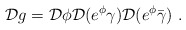
\begin{align*}{\cal D}g = {\cal D}\phi {\cal D}(e^\phi\gamma) {\cal D}(e^\phi\bar{\gamma})~.\end{align*}